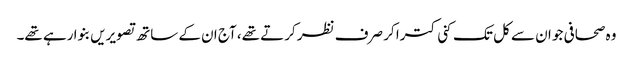
وہ صحافی جو ان سے کل تک کنی کترا کر صرف نظر کرتے تھے، آج ان کے ساتھ تصویریں بنوا رہے تھے۔